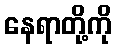
နေရာတို့ကို